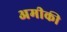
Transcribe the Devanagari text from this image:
अमीकी